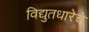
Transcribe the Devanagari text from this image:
विद्युतधारेचे